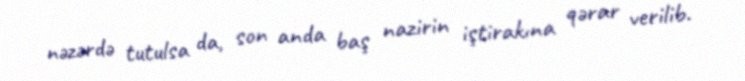
nəzərdə tutulsa da, son anda baş nazirin iştirakına qərar verilib.